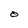
Character: O